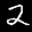
Digit: 2